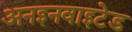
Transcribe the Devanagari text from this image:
अनइनवाइटेड